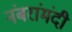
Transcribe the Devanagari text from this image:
नंबरांमंदी